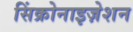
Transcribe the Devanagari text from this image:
सिंक्रोनाइज़ेशन